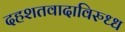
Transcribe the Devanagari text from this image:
दहशतवादाविरुध्ध